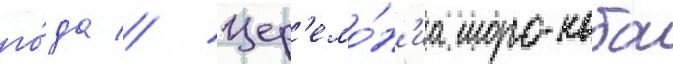
го́да // Цер'емо́н'иа моро-наба